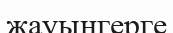
жауынгерге